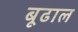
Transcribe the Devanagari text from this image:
बूढाल